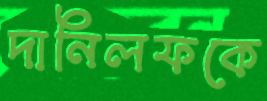
দানিলফকে